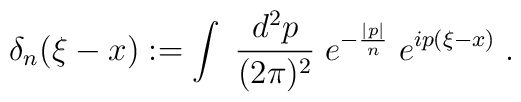
\delta_n(\xi-x) :=\int \; \frac{d^2 p}{(2 \pi)^2} \; e^{ - \frac{|p|}{n} } \; e^{ip(\xi-x)} \; .